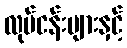
လုပ်ငန်းများနှင့်